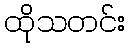
ထိုသတင်း